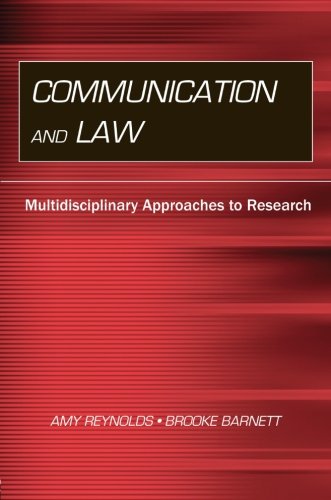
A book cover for Communication and Law: Multidisciplinary Approaches to Research (Routledge Communication Series); Law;